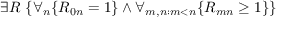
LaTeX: \exists R \ \{ \forall _ { n } \{ R _ { 0 n } = 1 \} \land \forall _ { m , n : m < n } \{ R _ { m n } \geq 1 \} \}